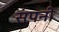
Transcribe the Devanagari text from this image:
संपनी